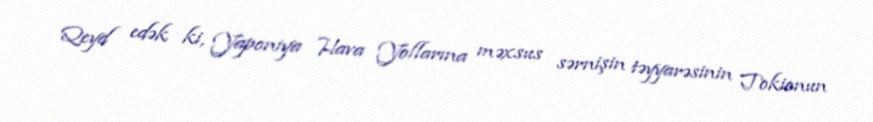
Qeyd edək ki, Yaponiya Hava Yollarına məxsus sərnişin təyyarəsinin Tokionun